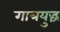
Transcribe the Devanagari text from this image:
गात्रयुद्धं